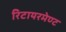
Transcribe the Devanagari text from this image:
रिटायरमेण्ट